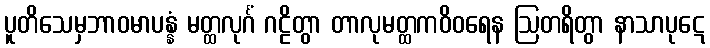
ပူတိသေမှဘာဝမာပန္နံ မတ္ထလုင်္ဂံ ဂဠိတွာ တာလုမတ္ထကဝိဝရေန ဩတရိတွာ နာသာပုဋေ